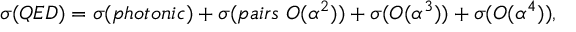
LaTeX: \sigma ( Q E D ) = \sigma ( p h o t o n i c ) + \sigma ( p a i r s ~ { \cal { O } } ( \alpha ^ { 2 } ) ) + \sigma ( { \cal { O } } ( \alpha ^ { 3 } ) ) + \sigma ( { \cal { O } } ( \alpha ^ { 4 } ) ) ,